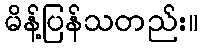
မိန့်ပြန်သတည်း။